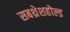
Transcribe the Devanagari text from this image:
सबथ्रेशहोल्ड